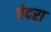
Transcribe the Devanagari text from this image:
पेदरा